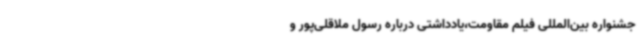
جشنواره بین‌المللی فیلم مقاومت،یادداشتی درباره رسول ملاقلی‌پور و